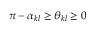
\pi - \alpha _ { k l } \ge \theta _ { k l } \ge 0